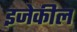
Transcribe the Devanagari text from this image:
इजेकील